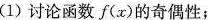
(1)讨论函数f(x)的奇偶性；